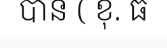
បាន ( ខុ. ធ